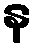
န